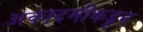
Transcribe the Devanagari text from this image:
अकादमीकडून